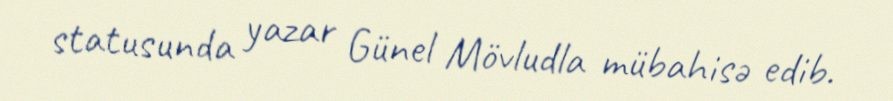
statusunda yazar Günel Mövludla mübahisə edib.